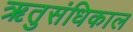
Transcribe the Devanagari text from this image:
ऋतुसंधिकाल